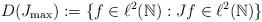
LaTeX: \begin{align*}D(J_{\rm max}) := \{ f \in \ell^2(\mathbb{N}) : J f \in \ell^2(\mathbb{N}) \}\end{align*}